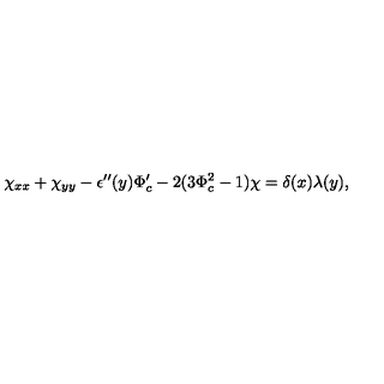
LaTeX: \chi _ { x x } + \chi _ { y y } - \epsilon ^ { \prime \prime } ( y ) \Phi _ { c } ^ { \prime } - 2 ( 3 \Phi _ { c } ^ { 2 } - 1 ) \chi = \delta ( x ) \lambda ( y ) ,